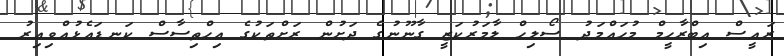
ރައީސް އިބްރާހީމް މުހައްމަދު ސޯލިހް ލާމަރުކަޒީ ގާނޫނުގެ ދަށުން ރަށްތަކުގެ އިހްތިސާސް ކަނޑައެޅުއްވިއިރު